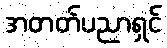
အတတ်ပညာရှင်